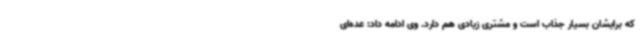
که برایشان بسیار جذاب است و مشتری‌ زیادی هم دارد. وی ادامه داد: عده‌ای